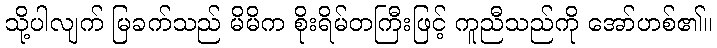
သို့ပါလျက် မြခက်သည် မိမိက စိုးရိမ်တကြီးဖြင့် ကူညီသည်ကို အော်ဟစ်၏။